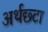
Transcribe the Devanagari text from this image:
अर्थछ्टा